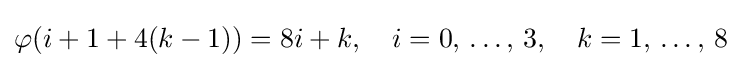
\varphi (i+1+4(k-1))=8i+k,\quad i=0,\,\dots ,\,3,\quad k=1,\,\dots ,\,8